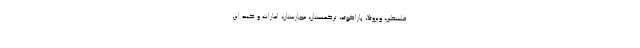
فلسطین، ونزوئلا، پاراگوئه، ترکمنستان، مجارستان، امارات و گینه این